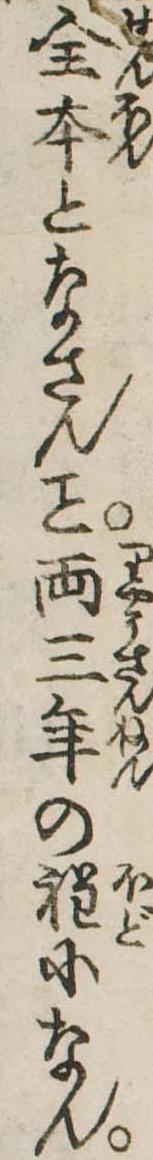
全本となさん両三年の程になん